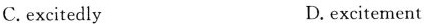
C. excitedly D. excitement